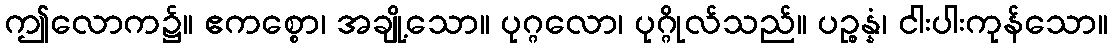
ဤလောက၌။ ဧကစ္စော၊ အချို့သော။ ပုဂ္ဂလော၊ ပုဂ္ဂိုလ်သည်။ ပဉ္စန္နံ၊ ငါးပါးကုန်သော။